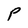
Character: P